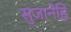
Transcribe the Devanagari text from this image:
सुजानेहि